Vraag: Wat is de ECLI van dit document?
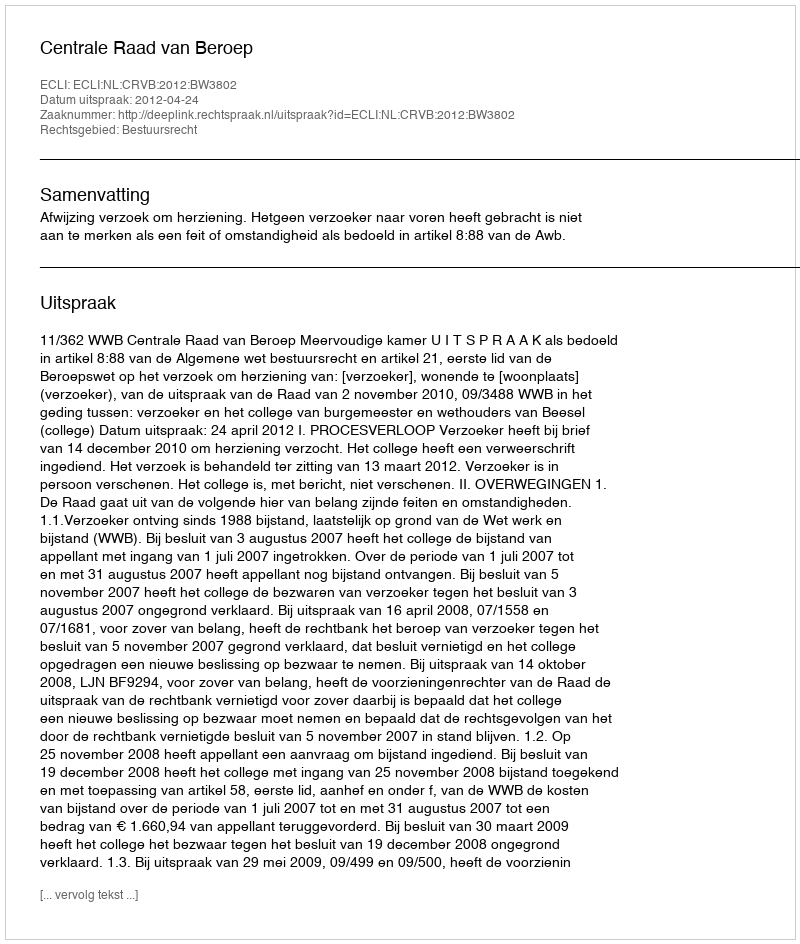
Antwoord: ECLI:NL:CRVB:2012:BW3802